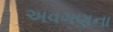
અવગણના